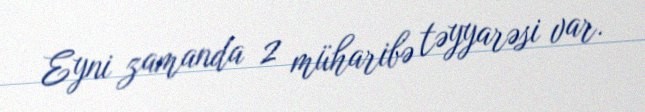
Eyni zamanda 2 müharibə təyyarəsi var.